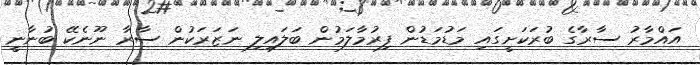
އައްމާރު ސާރާގެ ބުރަކަށީގައި މަޑުމަޑުން ފިރުމާލަމުން ބަލައިލި ނަޒަރަކުން ސާރާ ނޫނެކޭ ބުނާނީ